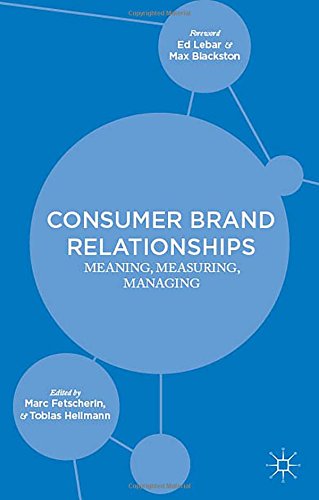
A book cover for Consumer Brand Relationships: Meaning, Measuring, Managing; Business & Money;